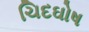
ચિદઘોષ